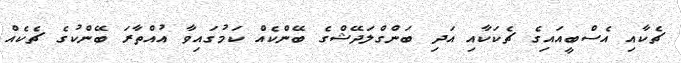
ޗެކާއި އެސްބީއައިގެ ޗެކަކާއި އަދި ބަންގްލަދޭޝްގެ ބޭންކެއް ކަމުގައިވާ އުއްތާރަ ބޭންކުގެ ޗެކެއް